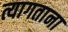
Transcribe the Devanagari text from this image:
त्यागताना